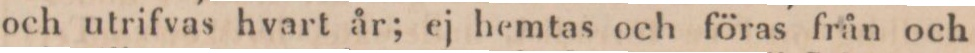
och utrifvas hvart år; ej hemtas och föras från och